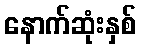
နောက်ဆုံးနှစ်